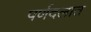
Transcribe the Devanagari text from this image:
पर्णदलात